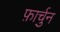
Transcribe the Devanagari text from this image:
फ़ार्चुन